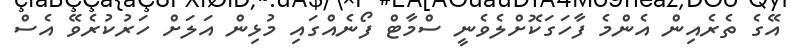
އޭގެ ތެރެއިން އެންމެ ފާހަގަކޮށްލެވެނީ ސްމާޓް ފޯނެއްގައި މުޅިން އަލަށް ހަރުކުރެވޭ އެސް